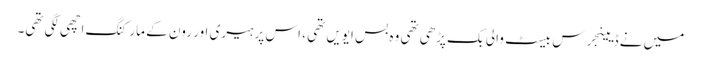
میں نے ڈیینجرس بیسٹ والی بک پڑھی تھی وہ بس ایویں تھی ، اس پر ہیری اور رون کے مارکنگ اچھی لگی تھی۔